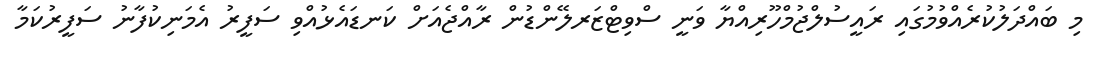
މި ބައްދަލުކުރެއްވުމުގައި ރައީސުލްޖުމްހޫރިއްޔާ ވަނީ ސްވިޓްޒަރލޭންޑުން ރާއްޖެއަށް ކަނޑައެޅުއްވި ސަފީރު އެމަނިކުފާނު ސަފީރުކަމާ